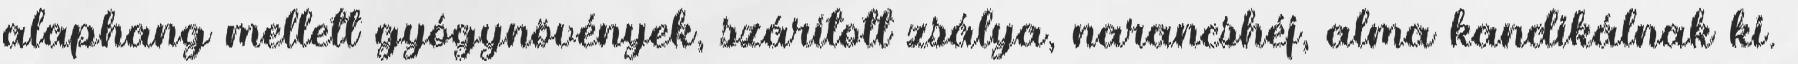
alaphang mellett gyógynövények, szárított zsálya, narancshéj, alma kandikálnak ki.